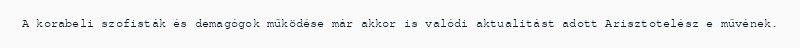
A korabeli szofisták és demagógok működése már akkor is valódi aktualitást adott Arisztotelész e művének.